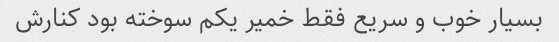
بسیار خوب و سریع فقط خمیر یکم سوخته بود کنارش